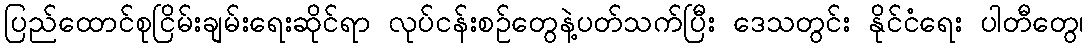
ပြည်ထောင်စုငြိမ်းချမ်းရေးဆိုင်ရာ လုပ်ငန်းစဉ်တွေနဲ့ပတ်သက်ပြီး ဒေသတွင်း နိုင်ငံရေး ပါတီတွေ၊